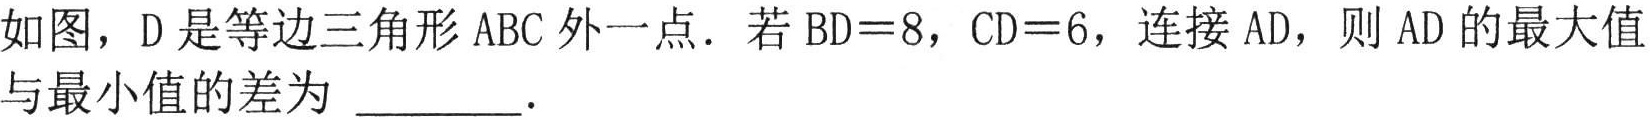
如图，D 是等边三角形 ABC 外一点．若 BD = 8，CD = 6，连接 AD，则 AD 的最大值与最小值的差为 _________．